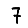
Digit: 7